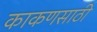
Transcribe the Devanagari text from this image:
काकणसाठी